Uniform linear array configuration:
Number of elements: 64
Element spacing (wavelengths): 0.75
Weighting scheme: kaiser
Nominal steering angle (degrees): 45
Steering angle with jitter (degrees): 44.003
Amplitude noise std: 0.05
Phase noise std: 0.05

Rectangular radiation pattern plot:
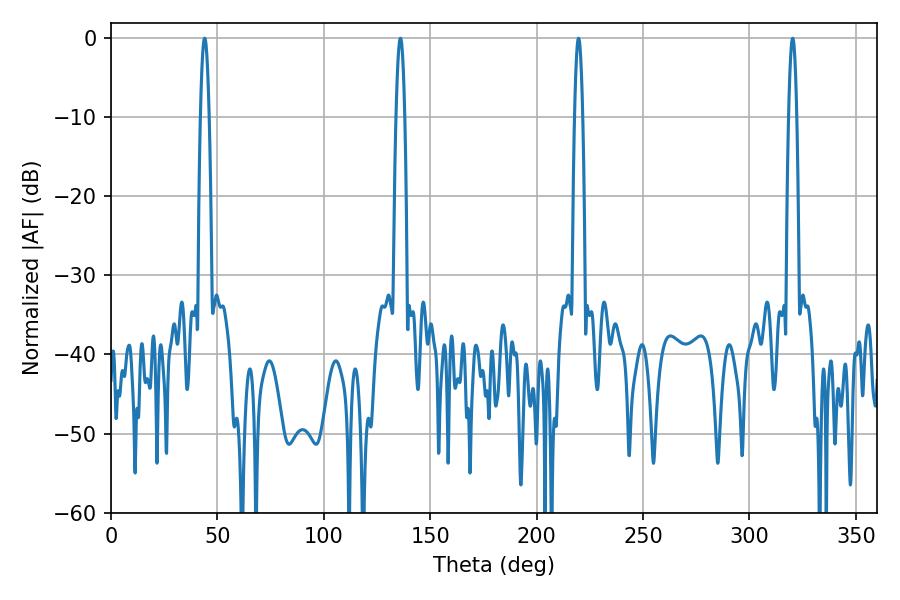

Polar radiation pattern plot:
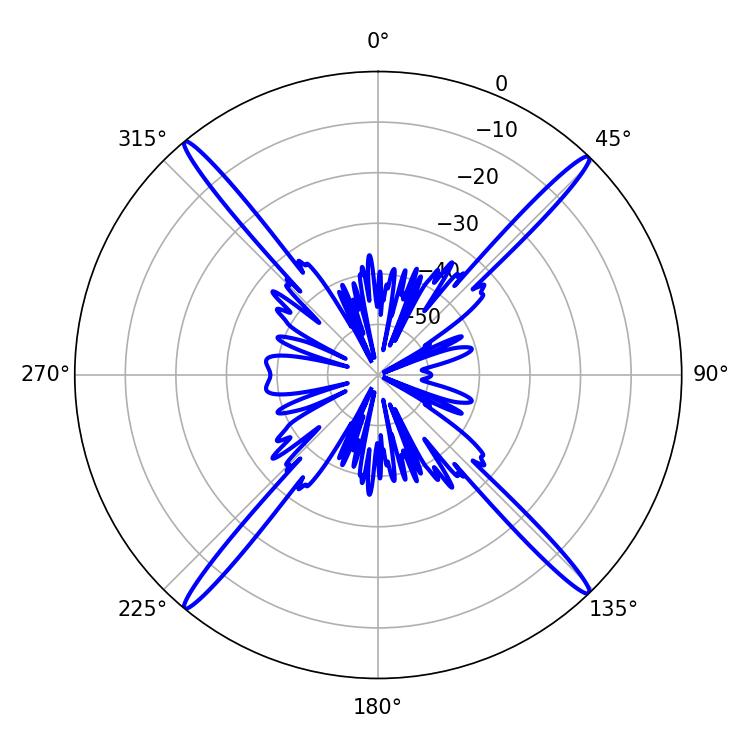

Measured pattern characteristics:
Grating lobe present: TRUE
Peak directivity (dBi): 23.755
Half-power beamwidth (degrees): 2.34
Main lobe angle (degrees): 43.92